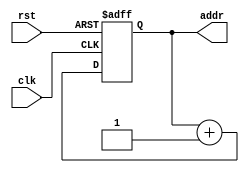
module pc(clk,rst,addr);

input clk;
input rst;
output reg[11:0] addr;

always @(posedge clk or posedge rst) begin
	if (rst) begin
		addr <= 12'b0;
	end
	else begin
		addr <= addr + 12'b1;
	end
end
endmodule